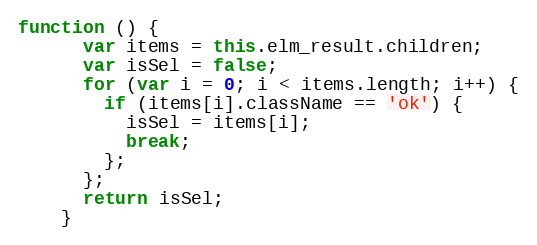
Language: JavaScript
function () {
      var items = this.elm_result.children;
      var isSel = false;
      for (var i = 0; i < items.length; i++) {
        if (items[i].className == 'ok') {
          isSel = items[i];
          break;
        };
      };
      return isSel;
    }